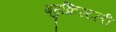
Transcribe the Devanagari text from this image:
बहुक्रिस्टली